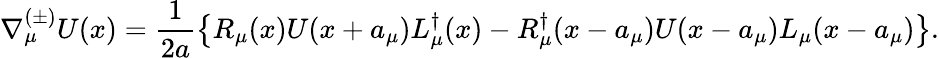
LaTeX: \nabla_{\mu}^{(\pm)}U(x)=\frac{1}{2a}\left\{ R_{\mu}(x)U(x+a_{\mu})L_{\mu}^{\dagger}(x)-R_{\mu}^{\dagger}(x-a_{\mu})U(x-a_{\mu})L_{\mu}(x-a_{\mu})\right\} .